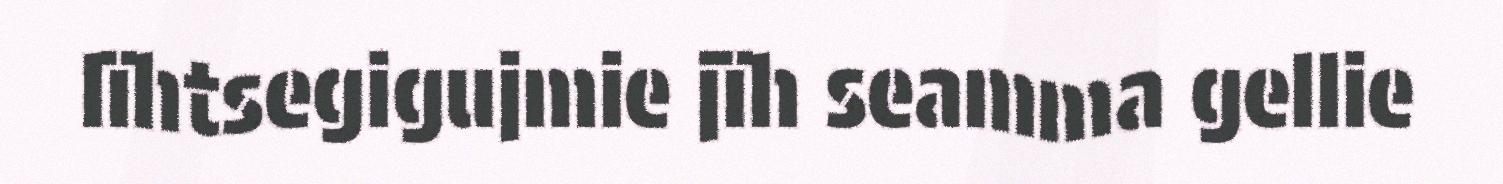
lïhtsegigujmie jïh seamma gellie